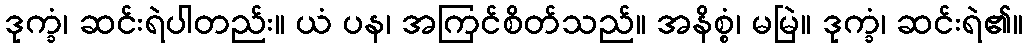
ဒုက္ခံ၊ ဆင်းရဲပါတည်း။ ယံ ပန၊ အကြင်စိတ်သည်။ အနိစ္စံ၊ မမြဲ။ ဒုက္ခံ၊ ဆင်းရဲ၏။